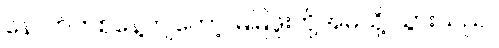
နောက်တစ်နေ့ကျတော့ မြမြဖူးတို့အိမ်သို့ သွားသည်။